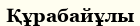
Құрабайұлы